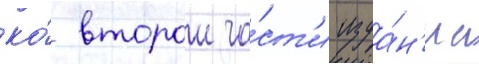
ко́ второи ча́ст'и изда́н'иа